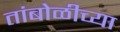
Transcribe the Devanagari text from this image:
तांबोळीच्या